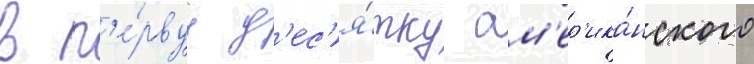
в п'е́рвуу д'ес'я́тку ам'ер'ика́нского